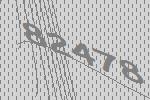
82478